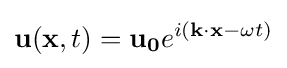
\mathbf {u} (\mathbf {x} ,t)=\mathbf {u_{0}} e^{i(\mathbf {k} \cdot \mathbf {x} -\omega t)}